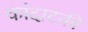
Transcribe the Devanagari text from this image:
कांदाटकी